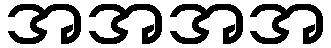
အအအအ